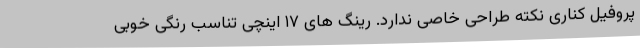
پروفیل کناری نکته طراحی خاصی ندارد. رینگ های ۱۷ اینچی تناسب رنگی خوبی